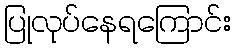
ပြုလုပ်နေရကြောင်း